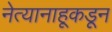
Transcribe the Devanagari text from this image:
नेत्यानाहूकडून